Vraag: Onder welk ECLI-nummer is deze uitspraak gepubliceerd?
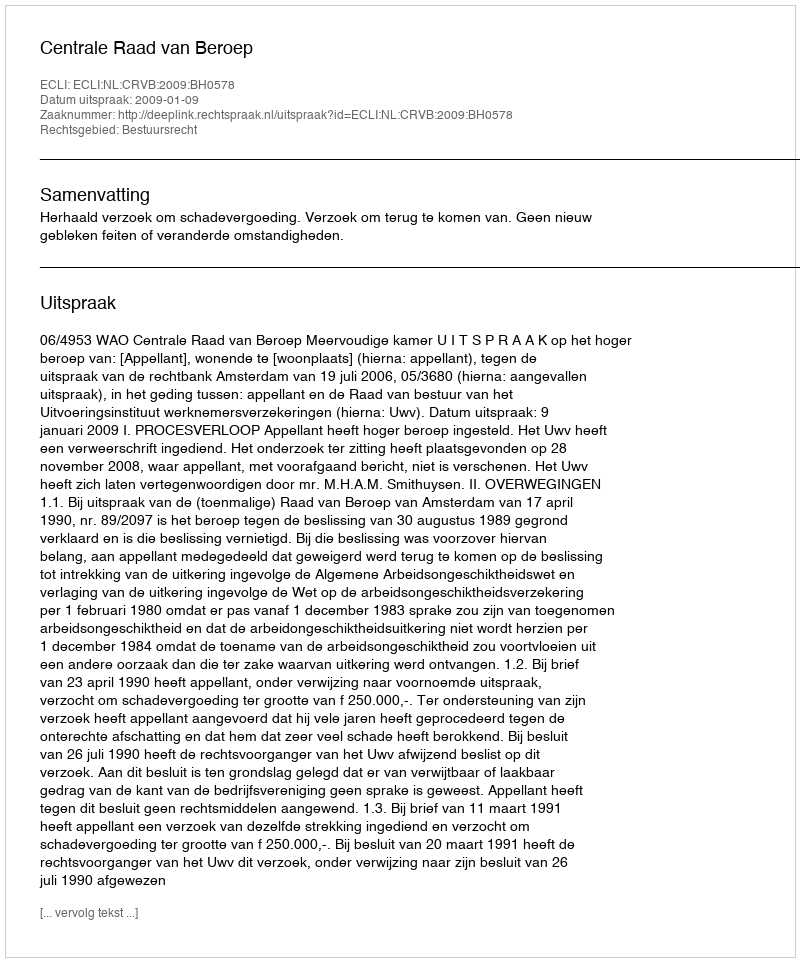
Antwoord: ECLI:NL:CRVB:2009:BH0578